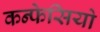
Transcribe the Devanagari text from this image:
कन्फेसियो